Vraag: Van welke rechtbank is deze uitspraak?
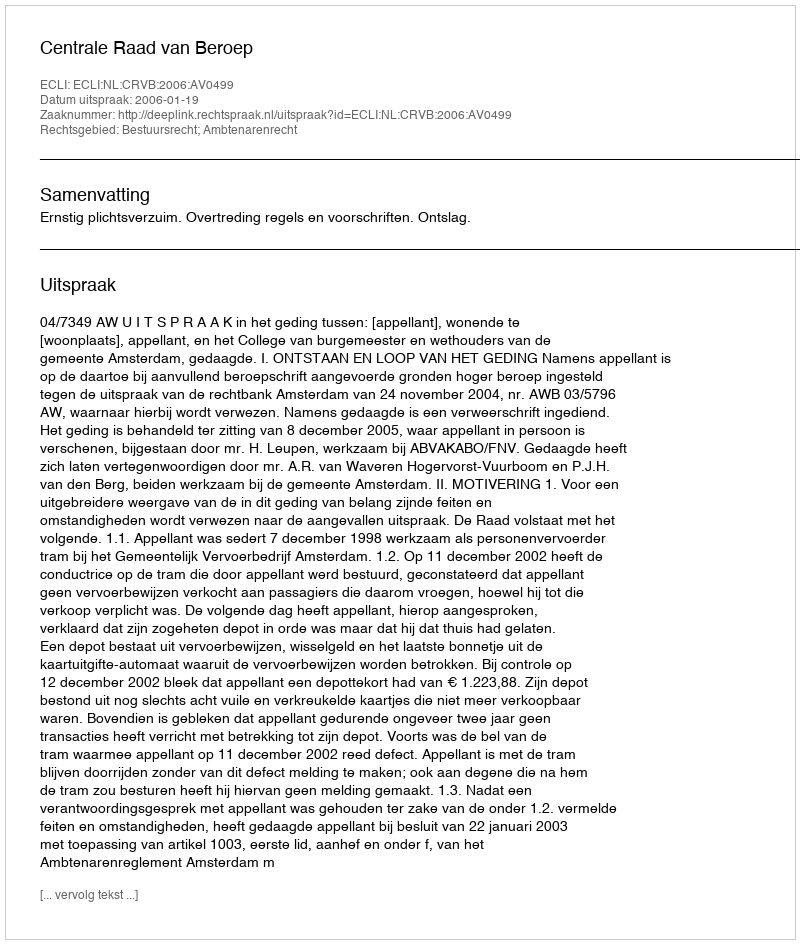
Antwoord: Centrale Raad van Beroep